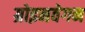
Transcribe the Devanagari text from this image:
ग्रोइनवेगन